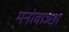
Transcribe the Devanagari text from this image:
मनोवाञ्छा